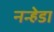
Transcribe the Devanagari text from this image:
नन्हेडा